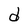
Character: d